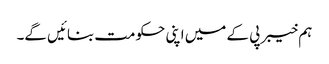
ہم خیبر پی کے میں اپنی حکومت بنائیں گے۔